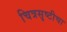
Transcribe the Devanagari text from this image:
चित्रसृष्टीचा